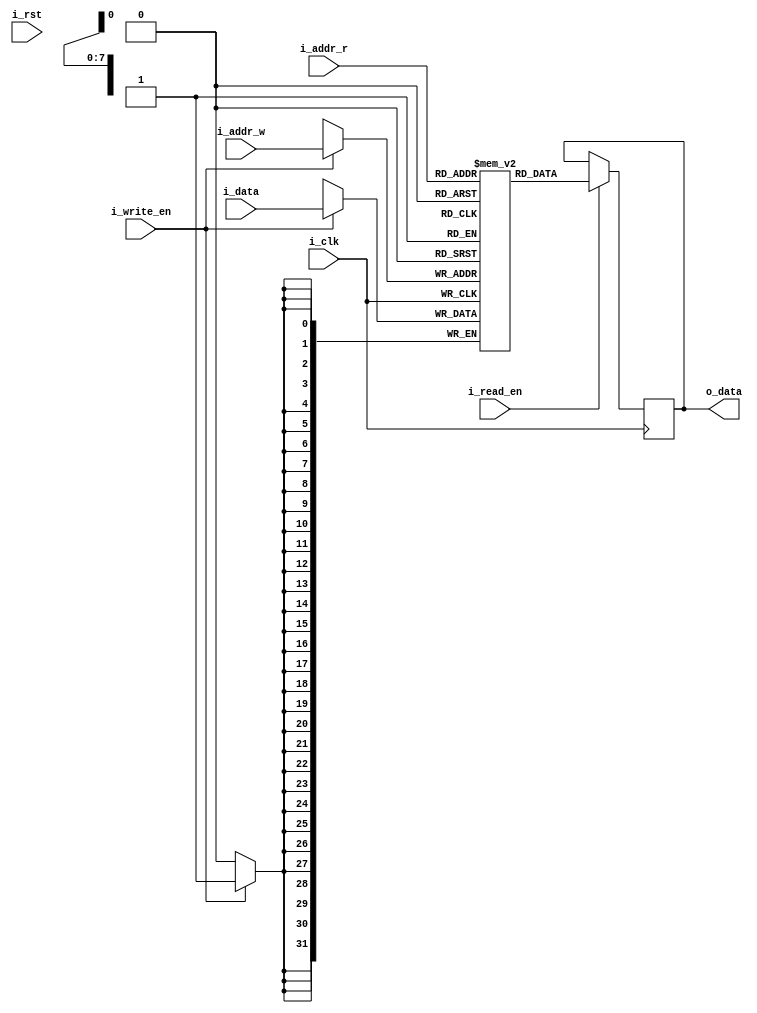
`timescale 1ns / 1ps
//assuming 64states, 4 actions, 256 s+a
//state: 5:0 action: 1:0    s+a: 7:0 
//q values stored on BRAM
module qtable #(parameter ADDR_WIDTH = 8, DATA_WIDTH = 32, DEPTH = 256) (
    input wire i_clk,
    input wire i_rst,
    input wire [ADDR_WIDTH-1:0] i_addr_r, 
    input wire [ADDR_WIDTH-1:0] i_addr_w, 
    input wire i_read_en,
    input wire i_write_en,
    input wire [DATA_WIDTH-1:0] i_data,
    output reg [DATA_WIDTH-1:0] o_data
    //output reg [DATA_WIDTH-1:0] o_data2 
    ); 
    integer i;
    reg [DATA_WIDTH-1:0] memory_array [0:DEPTH-1]; 
        
    always @ (posedge i_clk)
    begin
            if(i_write_en) begin
                memory_array[i_addr_w] <= i_data;
                $display("q written %02h in: %08b", i_data, i_addr_w);
            end
            if(i_read_en) begin
                o_data <= memory_array[i_addr_r];
                $display("q read %02h from: %08b", o_data, i_addr_r);
            end     
    end
endmodule